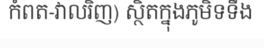
កំពត-វាលរិញ) ស្ថិតក្នុងភូមិទទឹង